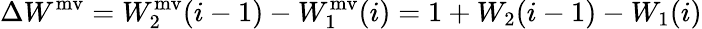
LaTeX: \Delta W^{\mathrm{mv}}=W_{2}^{\mathrm{mv}}(i-1)-W_{1}^{\mathrm{mv}}(i)=1+W_{2}(i-1)-W_{1}(i)